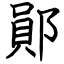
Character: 鄖